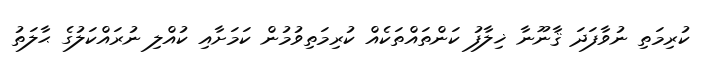
ކުރިމަތި ނުވާފަދަ ޤާނޫނާ ޚިލާފު ކަންތައްތަކެއް ކުރިމަތިވުމުން ކަމަށާއި ކުއްލި ނުރައްކަލުގެ ޙާލަތު